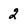
Character: 2